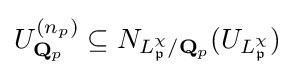
U_{\mathbf {Q} _{p}}^{(n_{p})}\subseteq N_{L_{\mathfrak {p}}^{\chi }/\mathbf {Q} _{p}}(U_{L_{\mathfrak {p}}^{\chi }})